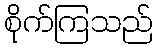
စိုက်ကြသည်